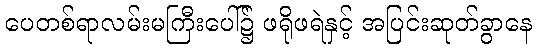
ပေတစ်ရာလမ်းမကြီးပေါ်၌ ဖရိုဖရဲနှင့် အပြင်းဆုတ်ခွာနေ